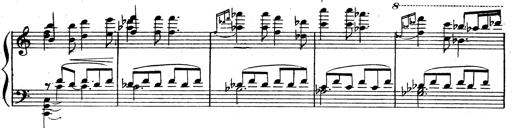
Title: 3 Sonatinas for Piano
Composer: Vissarion Shebalin